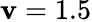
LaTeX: \mathbf{v}=1.5